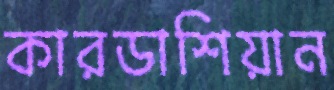
কারডাশিয়ান